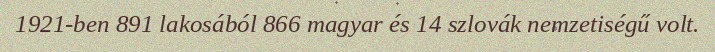
1921-ben 891 lakosából 866 magyar és 14 szlovák nemzetiségű volt.